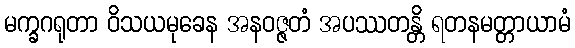
မက္ခဂရုတာ ဝိသယမုခေန အနဝဇ္ဇတံ အပဿတန္တိ ရတနမတ္တာယာမံ